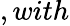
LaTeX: ,with